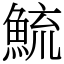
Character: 鯍